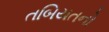
તબિયતનો